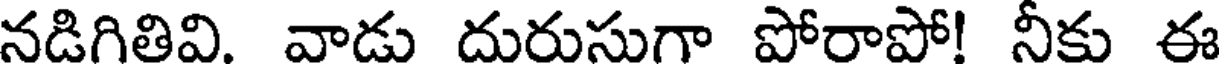
నడిగితివి. వాడు దురుసుగా పోరాపో! నీకు ఈ